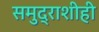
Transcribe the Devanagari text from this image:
समुद्राशीही